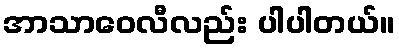
အာသာဝေလီလည်း ပါပါတယ်။